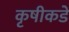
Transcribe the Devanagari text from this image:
कृषीकडे